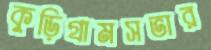
কুড়িগ্রামসভার